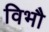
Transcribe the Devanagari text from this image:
विभौ